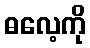
ဓလေ့ကို